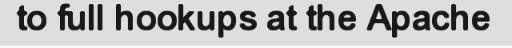
to full hookups at the Apache